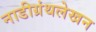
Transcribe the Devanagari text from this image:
नाडीग्रंथलेखन